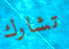
تشارك